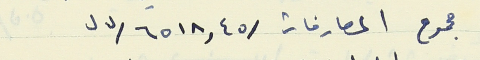
مجموح المصارفات /٦٥١٨,٤٥/ل.ل